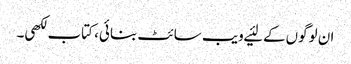
ان لوگوں‌کے لئیے ویب سائٹ بنائی، کتاب لکھی۔